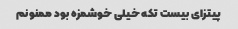
پیتزای بیست تکه خیلی خوشمزه بود ممنونم